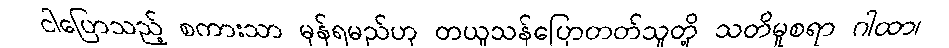
ငါပြောသည့် စကားသာ မှန်ရမည်ဟု တယူသန်ပြောတတ်သူတို့ သတိမူစရာ ဂါထာ၊